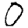
Digit: 0